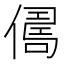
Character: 𠍻